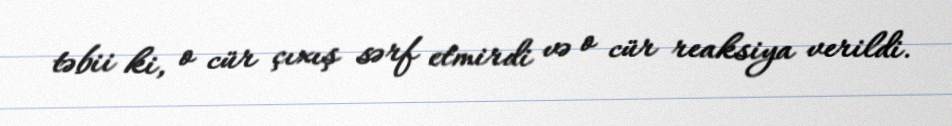
təbii ki, o cür çıxış sərf etmirdi və o cür reaksiya verildi.